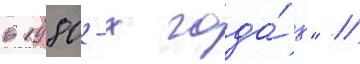
в 1980-х года́х" //